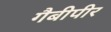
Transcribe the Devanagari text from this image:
गैबीपीर